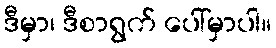
ဒီမှာ၊ ဒီစာရွက် ပေါ်မှာပါ။